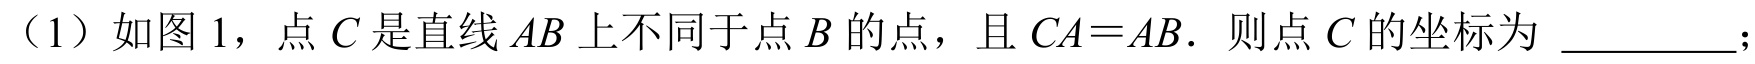
(1) 如图 1，点 \(C\) 是直线 \(AB\) 上不同于点 \(B\) 的点，且 \(CA = AB\). 则点 \(C\) 的坐标为 \_\_\_\_\_\_；